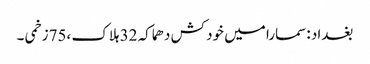
بغداد :سمارا میں خود کش دھماکہ 32 ہلاک ،75زخمی ۔